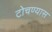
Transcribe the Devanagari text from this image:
टोचण्यास